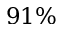
9 1 \%